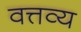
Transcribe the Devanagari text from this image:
वत्तव्य